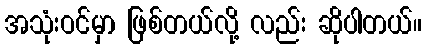
အသုံးဝင်မှာ ဖြစ်တယ်လို့ လည်း ဆိုပါတယ်။